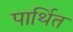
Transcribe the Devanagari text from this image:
पार्थित